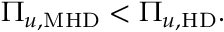
\Pi _ { u , \mathrm { M H D } } < \Pi _ { u , \mathrm { H D } } .